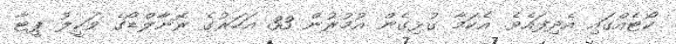
ކޯޓެއްގައި އެދިފައެވެ. އެކަމާ ގުޅިގެން އުމުރުން 33 އަހަރުގެ ރޮނާލްޑޯގެ ވަކީލު ޕީޓާ